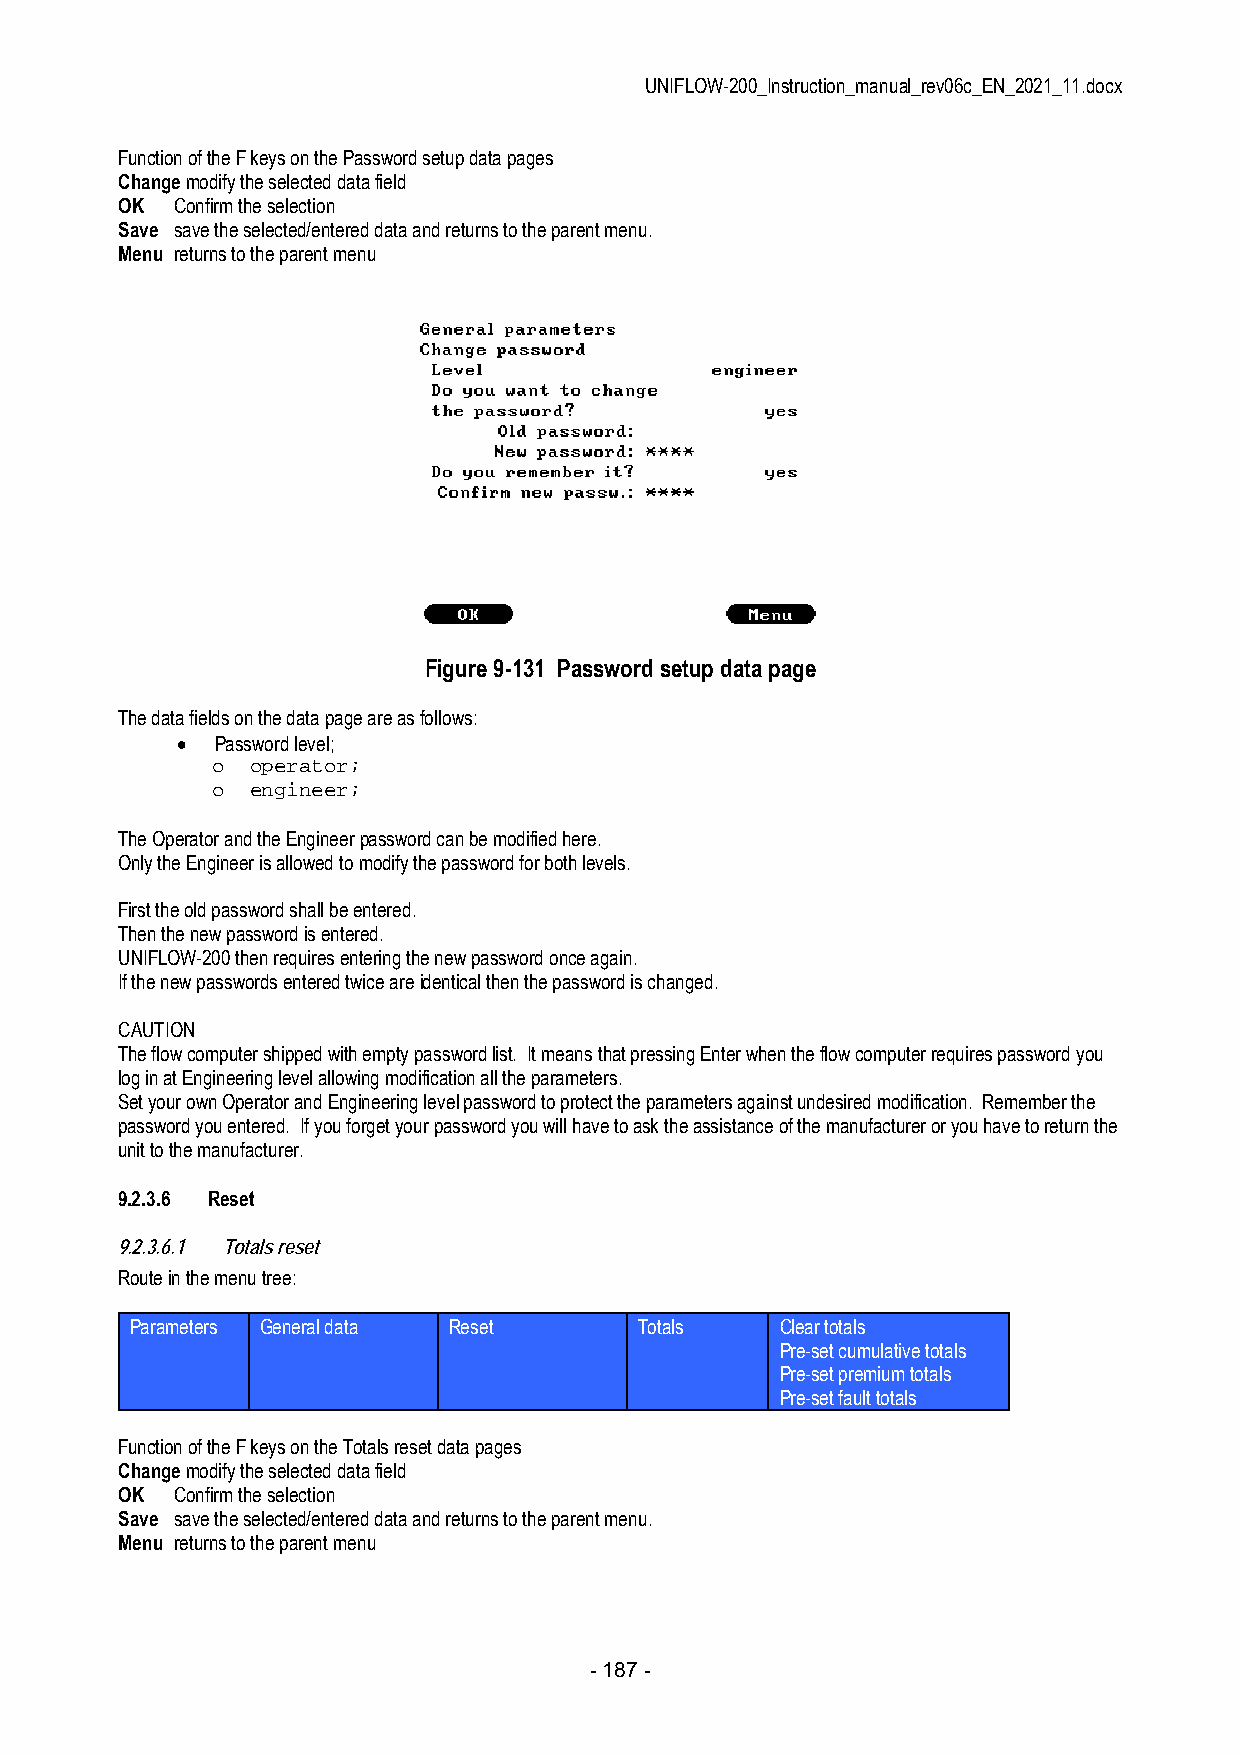
UNIFLOW-200_Instruction_manual_rev06c_EN_2021_11.docx
 Function of the F keys on the Password setup data pages
 Change modify the selected data field
 OK  Confirm the selection
 Save save the selected/entered data and returns to the parent menu.
 Menu returns to the parent menu
 Figure 9-131 Password setup data page
 The data fields on the data page are as follows:
  Password level;
 o  operator;
 o  engineer;
 The Operator and the Engineer password can be modified here.
 Only the Engineer is allowed to modify the password for both levels.
 First the old password shall be entered.
 Then the new password is entered.
 UNIFLOW-200 then requires entering the new password once again.
 If the new passwords entered twice are identical then the password is changed.
 CAUTION
 The flow computer shipped with empty password list. It means that pressing Enter when the flow computer requires password you
 log in at Engineering level allowing modification all the parameters.
 Set your own Operator and Engineering level password to protect the parameters against undesired modification. Remember the
 password you entered. If you forget your password you will have to ask the assistance of the manufacturer or you have to return the
 unit to the manufacturer.
 9.2.3.6 Reset
 9.2.3.6.1 Totals reset
 Route in the menu tree:
 Parameters General data Reset    Totals    Clear totals
 Pre-set cumulative totals
 Pre-set premium totals
 Pre-set fault totals
 Function of the F keys on the Totals reset data pages
 Change modify the selected data field
 OK  Confirm the selection
 Save save the selected/entered data and returns to the parent menu.
 Menu returns to the parent menu
 - 187 -